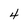
Character: 4